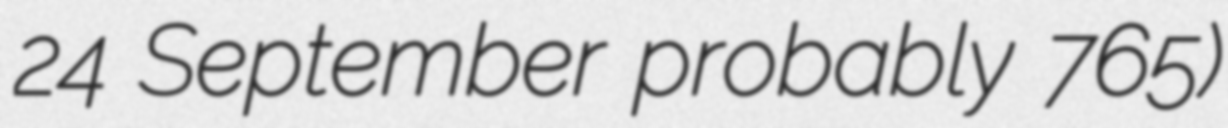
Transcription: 24 September probably 765)